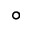
^ { \circ }